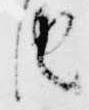
由